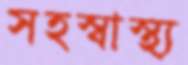
সহস্বাস্থ্য